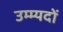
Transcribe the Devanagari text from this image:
उम्म्यदों